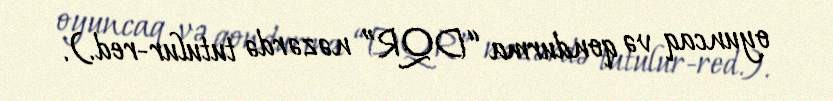
oyuncaq və qondurma “DQR” nəzərdə tutulur-red.).